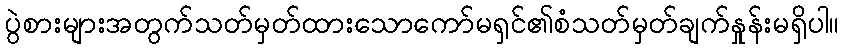
ပွဲစားများအတွက်သတ်မှတ်ထားသောကော်မရှင်၏စံသတ်မှတ်ချက်နှုန်းမရှိပါ။